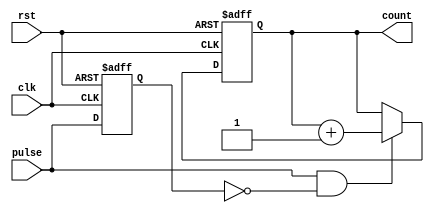
module pulse_counter #(
    parameter COUNTER_WIDTH = 8  // Adjust width for maximum count (e.g., 8 for 0-255)
)(
    input wire clk,               // Clock signal
    input wire rst,               // Asynchronous reset signal
    input wire pulse,             // Pulse input for counting
    output reg [COUNTER_WIDTH-1:0] count // Current count value
);

    // Internal signals for edge detection
    reg pulse_reg;                // Register to store the previous pulse state

    // Edge detection process
    always @(posedge clk or posedge rst) begin
        if (rst) begin
            count <= 0;           // Reset count to zero
            pulse_reg <= 0;       // Reset previous pulse register
        end else begin
            // Update pulse_reg with current pulse state
            pulse_reg <= pulse;
            // Check for rising edge of pulse
            if (pulse && !pulse_reg) begin
                count <= count + 1; // Increment count on rising edge
            end
        end
    end

endmodule